Report of the Indian Hemp Drugs Commission, 1894-1895 - Volume II
Year: 1894
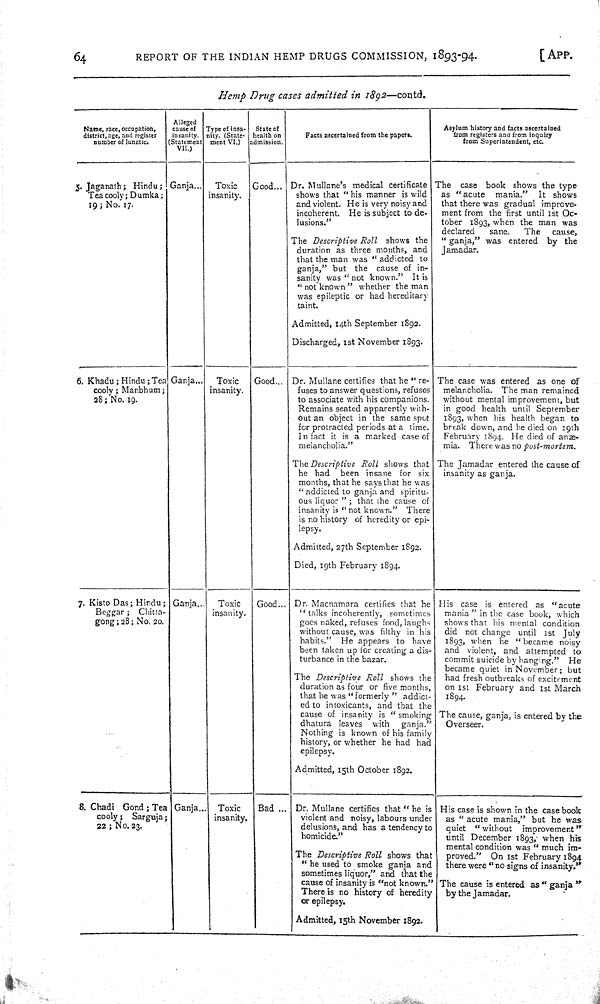
64
REPORT OF THE INDIAN HEMP DRUGS COMMISSION, 1893-94.
[APP.
Hemp Drug cases admitted in 1892—contd.
Name, race, occupation,
district, age, and register
number of lunatic.
Alleged
cause of
insanity.
(Statement
VII.)
Type of insa-
nity. (State-
ment VI.)
State of
health on
admission.
Facts ascertained from the papers.
Asylum history and facts ascertained
from registers and from inquiry
from Superintendent, etc.
5. Jaganath; Hindu;
Tea cooly; Dumka;
19; No. 17.
Ganja
Toxic
insanity.
Good
Dr. Mullane's medical certificate
shows that "his manner is wild
and violent. He is very noisy and
incoherent. He is subject to de-
lusions."
The Descriptive Roll shows the
duration as three months, and
that the man was "addicted to
ganja," but the cause of in-
sanity was "not known." It is
"not known" whether the man
was epileptic or had hereditary
taint.
Admitted, 14th September 1892.
Discharged, 1st November 1893.
The case book shows the type
as "acute mania." It shows
that there was gradual improve-
ment from the first until 1st Oc-
tober 1893, when the man was
declared
sane.
The cause,
"ganja," was entered by the
Jamadar.
6. Khadu; Hindu; Tea
cooly; Manbhum;
28; No. 19.
Ganja
Toxic
insanity.
Good
Dr. Mullane certifies that he "re-
fuses to answer questions, refuses
to associate with his companions.
Remains seated apparently with-
out an object in the same spot
for protracted periods at a time.
In fact it is a marked case of
melancholia."
The Descriptive Roll shows that
he had been insane for six
months, that he says that he was
"addicted to ganja and spiritu-
ous liquor"; that the cause of
insanity is "not known." There
is no history of heredity or epi-
lepsy.
Admitted, 27th September 1892.
Died, 19th February 1894.
The case was entered as one of
melancholia. The man remained
without mental improvement, but
in good health until September
1893, when his health began to
break down, and he died on 19th
February 1894. He died of an--
mia. There was no post-mortem.
The Jamadar entered the cause of
insanity as ganja.
7. Kisto Das; Hindu;
Beggar; Chitta-
gong; 28; No. 20.
Ganja
Toxic
insanity.
Good
Dr. Macnamara certifies that he
"talks incoherently, sometimes
goes naked, refuses food, laughs
without cause, was filthy in his
habits." He appears to have
been taken up for creating a dis-
turbance in the bazar.
The Descriptive Roll shows the
duration as four or five months,
that he was "formerly" addict-
ed to intoxicants, and that the
cause of insanity is "smoking
dhatura leaves with ganja."
Nothing is known of his family
history, or whether he had had
epilepsy.
Admitted, 15th October 1892.
His case is entered as "acute
mania" in the case book, which
shows that his mental condition
did not change until 1st July
1893, when he "became noisy
and violent, and attempted to
commit suicide by hanging." He
became quiet in November; but
had fresh outbreaks of excitement
on 1st February and 1st March
1894.
The cause, ganja, is entered by the
Overseer.
8. Chadi Gond; Tea
cooly; Sarguja,
22; No. 23.
Ganja
Toxic
insanity.
Bad
Dr. Mullane certifies that "he is
violent and noisy, labours under
delusions, and has a tendency to
homicide."
The Descriptive Roll shows that
"he used to smoke ganja and
sometimes liquor," and that the
cause of insanity is "not known."
There is no history of heredity
or epilepsy.
Admitted, 15th November 1892.
His case is shown in the case book
as "acute mania," but he was
quiet "without improvement"
until December 1893, when his
mental condition was "much im-
proved." On 1st February 1894
there were "no signs of insanity."
The cause is entered as "ganja"
by the Jamadar.